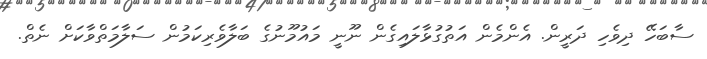
ސާބަހޭ ދިވެހި ދަރީން. އެންމެން އަތުގުޅާލައިގެން ނޫނީ މައުމޫނުގެ ބަލާވެރިކަމުން ސަލާމަތްވާކަށް ނެތް.